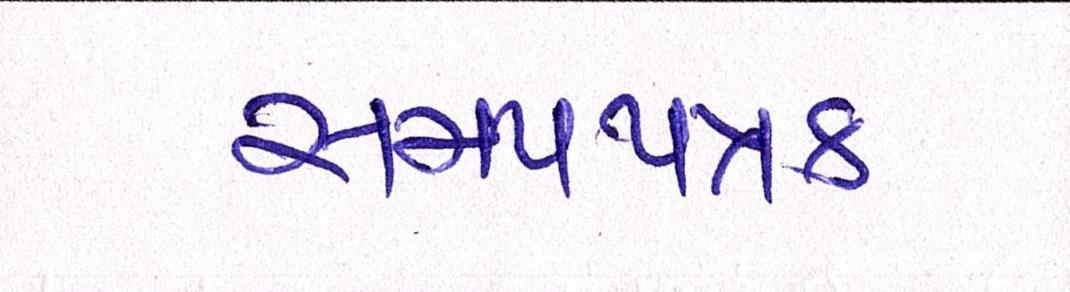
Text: સમયપત્રક